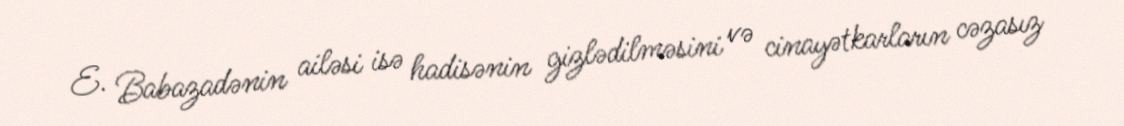
E. Babazadənin ailəsi isə hadisənin gizlədilməsini və cinayətkarların cəzasız